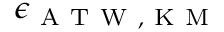
\epsilon _ { \mathrm { ~ A ~ T ~ W ~ , ~ K ~ M ~ } }